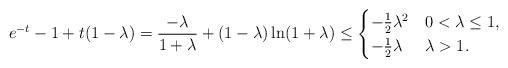
LaTeX: \begin{align*} e^{-t} - 1 + t(1 - \lambda) = \frac{-\lambda}{1 + \lambda} + (1 - \lambda)\ln(1+\lambda) \leq \begin{cases} - \frac{1}{2} \lambda^2 & 0 < \lambda \leq 1, \\ - \frac{1}{2} \lambda & \lambda > 1. \end{cases} \end{align*}